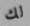
لك